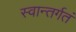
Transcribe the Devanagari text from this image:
स्वान्तर्गतं